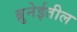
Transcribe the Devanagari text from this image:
ब्रुनेईतील